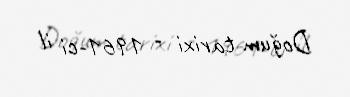
Doğum tarixi - 1961-ci il